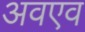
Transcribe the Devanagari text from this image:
अवएव